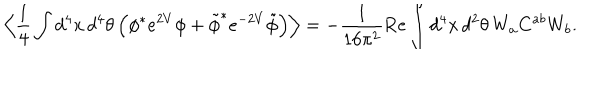
\Big \langle \frac { 1 } { 4 } \int d ^ { 4 } x \, d ^ { 4 } \theta \, \Big ( \phi ^ { * } e ^ { 2 V } \phi + \tilde { \phi } ^ { * } e ^ { - 2 V } \tilde { \phi } \Big ) \Big \rangle = - \frac { 1 } { 1 6 \pi ^ { 2 } } \mathrm { R e } \int d ^ { 4 } x \, d ^ { 2 } \theta \, W _ { a } C ^ { a b } W _ { b } .